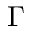
\Gamma